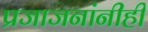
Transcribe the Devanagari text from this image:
प्रजाजनांनीही